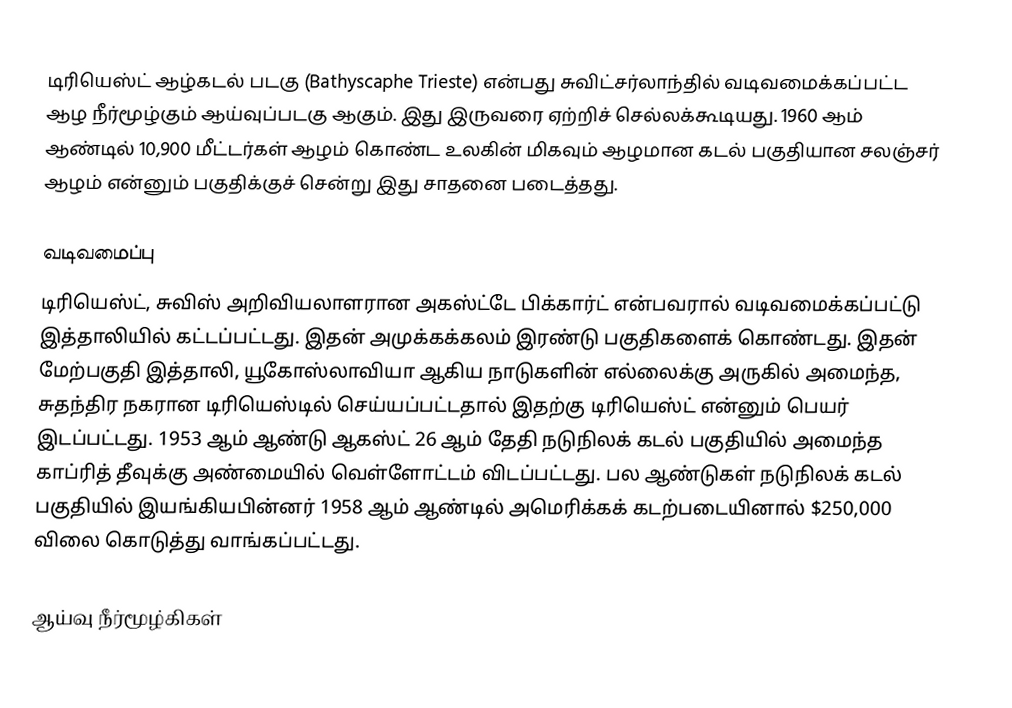
டிரியெஸ்ட் ஆழ்கடல் படகு (Bathyscaphe Trieste) என்பது சுவிட்சர்லாந்தில் வடிவமைக்கப்பட்ட ஆழ நீர்மூழ்கும் ஆய்வுப்படகு ஆகும். இது இருவரை ஏற்றிச் செல்லக்கூடியது. 1960 ஆம் ஆண்டில் 10,900 மீட்டர்கள் ஆழம் கொண்ட உலகின் மிகவும் ஆழமான கடல் பகுதியான சலஞ்சர் ஆழம் என்னும் பகுதிக்குச் சென்று இது சாதனை படைத்தது.

வடிவமைப்பு
டிரியெஸ்ட், சுவிஸ் அறிவியலாளரான அகஸ்ட்டே பிக்கார்ட் என்பவரால் வடிவமைக்கப்பட்டு இத்தாலியில் கட்டப்பட்டது. இதன் அமுக்கக்கலம் இரண்டு பகுதிகளைக் கொண்டது. இதன் மேற்பகுதி இத்தாலி, யூகோஸ்லாவியா ஆகிய நாடுகளின் எல்லைக்கு அருகில் அமைந்த, சுதந்திர நகரான டிரியெஸ்டில் செய்யப்பட்டதால் இதற்கு டிரியெஸ்ட் என்னும் பெயர் இடப்பட்டது. 1953 ஆம் ஆண்டு ஆகஸ்ட் 26 ஆம் தேதி நடுநிலக் கடல் பகுதியில் அமைந்த காப்ரித் தீவுக்கு அண்மையில் வெள்ளோட்டம் விடப்பட்டது. பல ஆண்டுகள் நடுநிலக் கடல் பகுதியில் இயங்கியபின்னர் 1958 ஆம் ஆண்டில் அமெரிக்கக் கடற்படையினால் $250,000 விலை கொடுத்து வாங்கப்பட்டது.

ஆய்வு நீர்மூழ்கிகள்